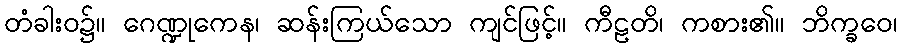
တံခါးဝ၌။ ဂေဏ္ဍုကေန၊ ဆန်းကြယ်သော ကျင်ဖြင့်။ ကီဠတိ၊ ကစား၏။ ဘိက္ခဝေ၊